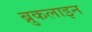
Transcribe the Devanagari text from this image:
ब्रुकलाइन